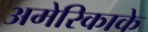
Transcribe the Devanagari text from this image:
अमेरिकाके